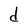
Character: d